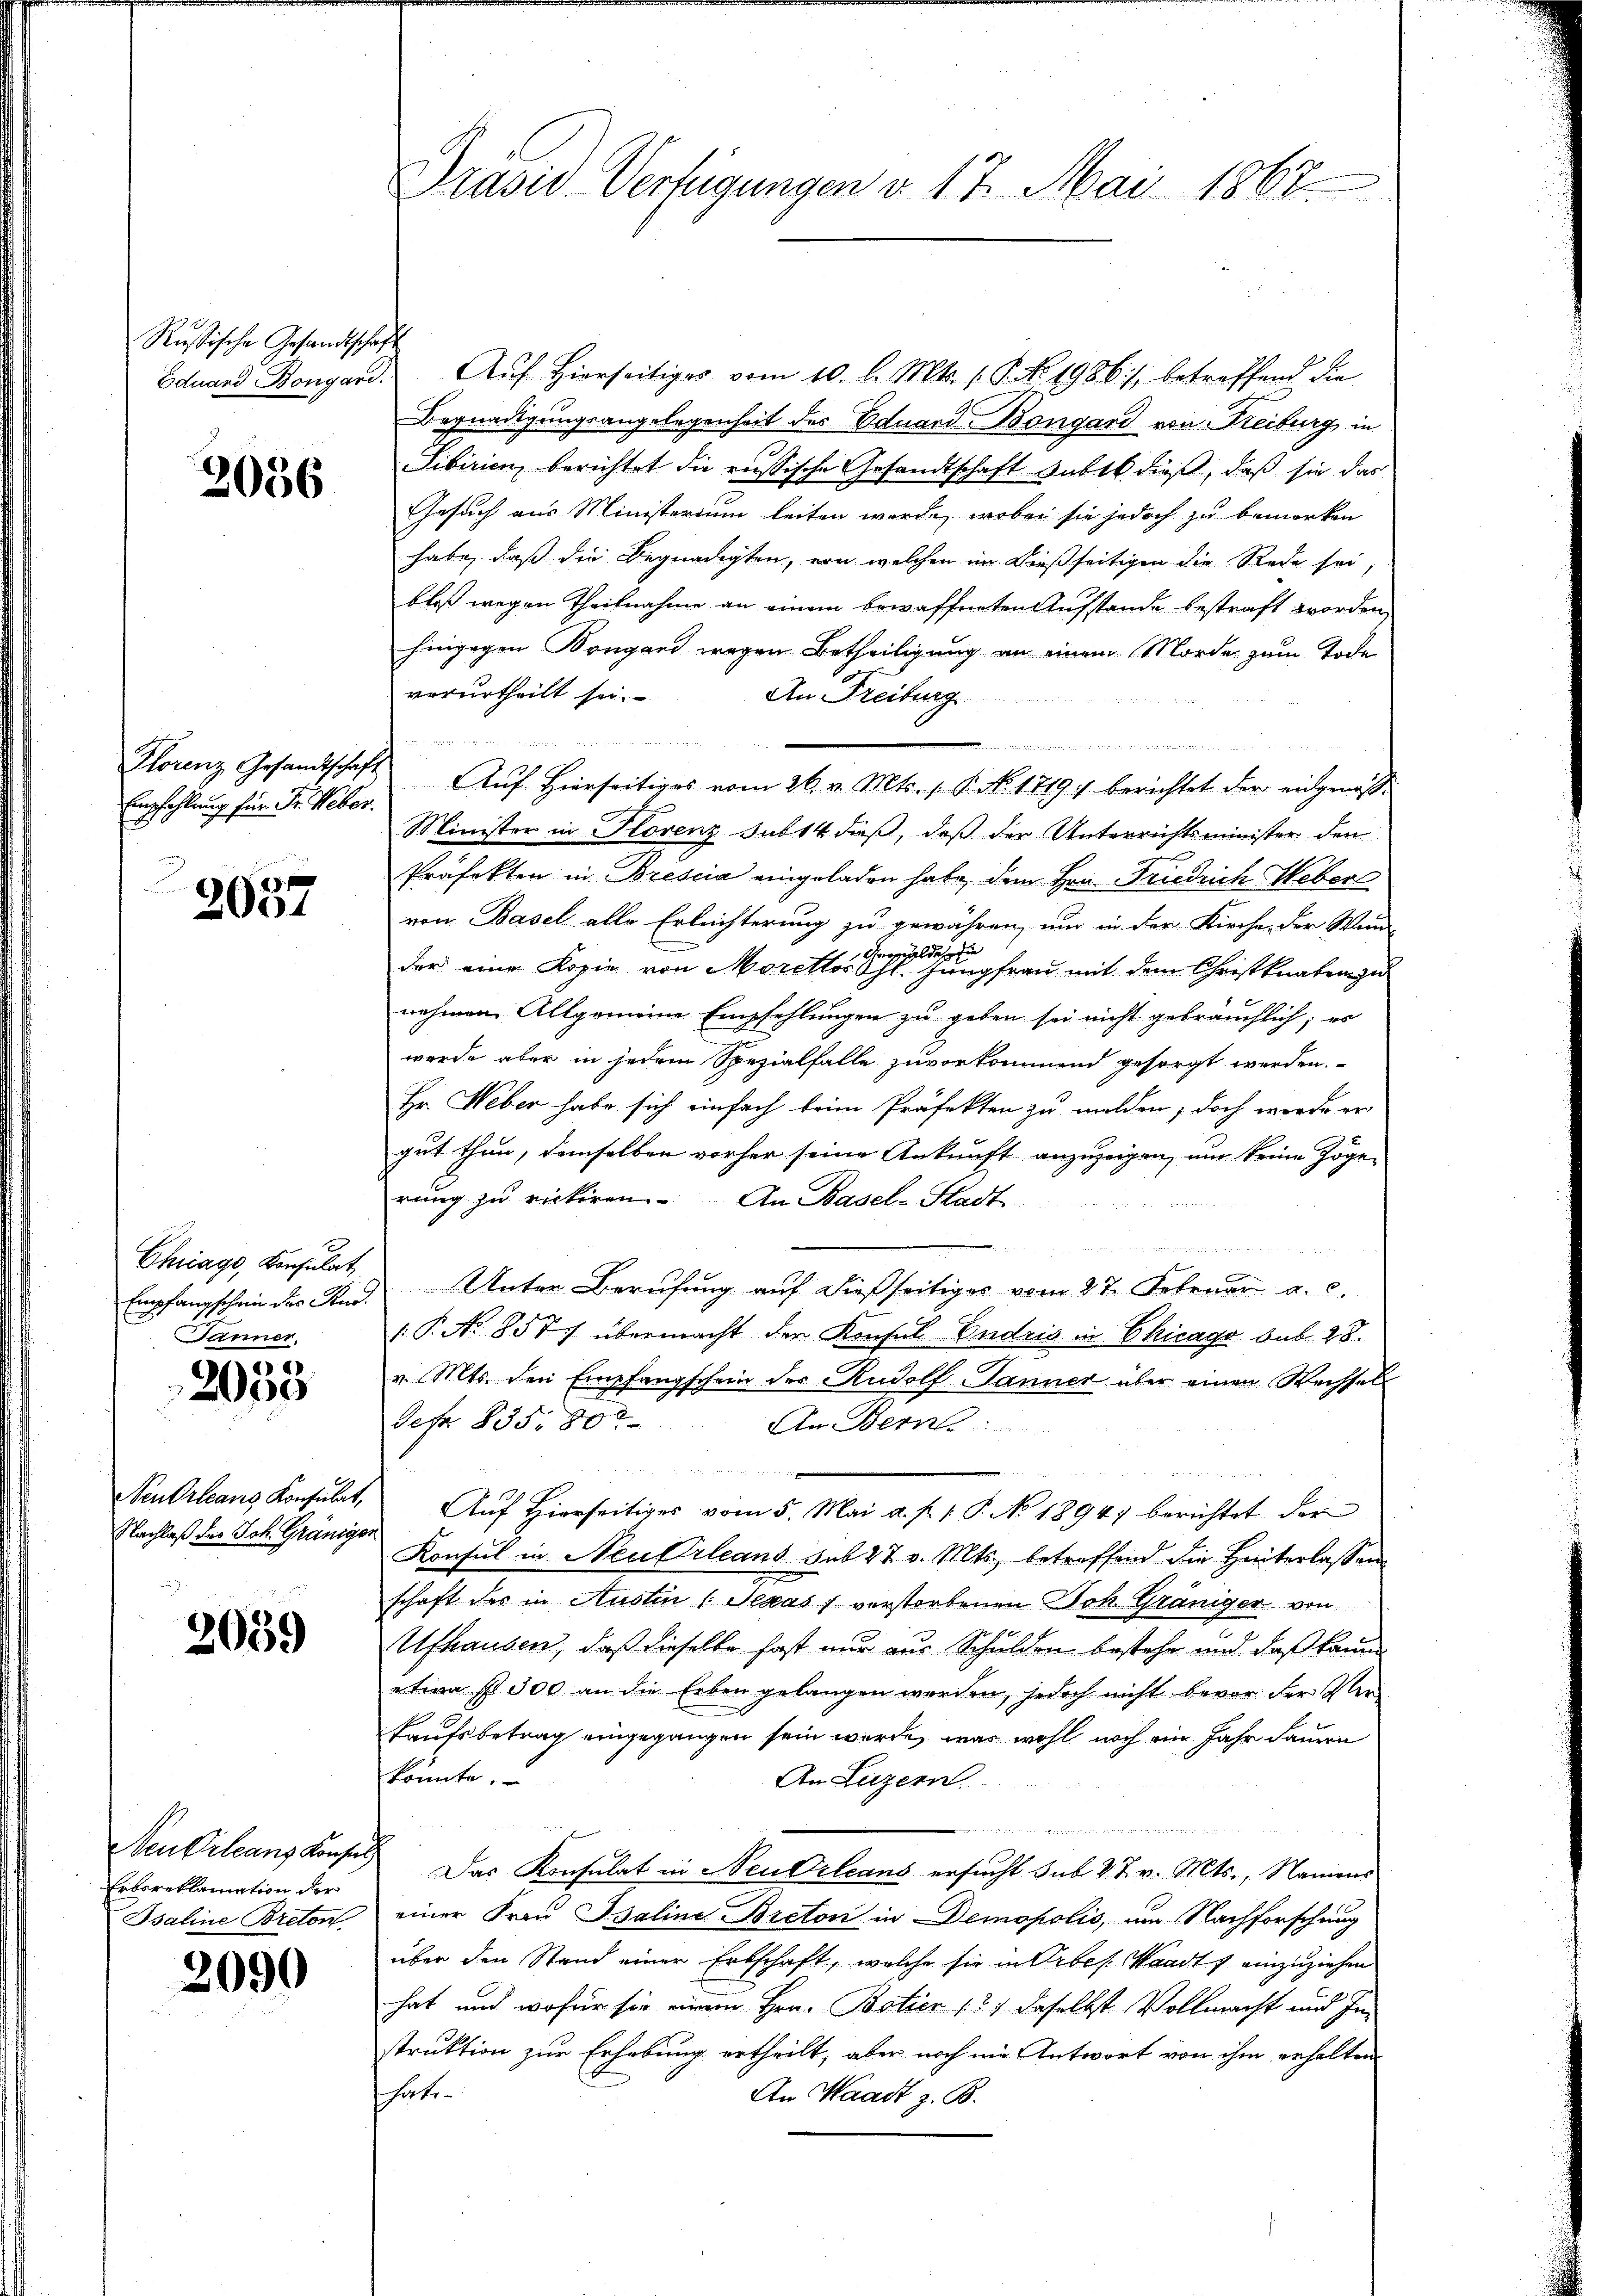
Russische Gesandtschaf

2056

Florenz Gesandtschaft
Empfehlung für Fr. Weber.

2057

Chicago, Konsulat
Empfangschein der Rud.
Jänner.

4
2000

SenOrleans Konsulat,
Nachlaß des Joh. Gränige

2059

Neu Orleans Konse
Erbsreklamation der
Bsaline Breton

3090

Präsid. Verfügungen v. 17. Mai 1867

h
Eduard Bongard. Aŭf Hierseitiges vom 10. l. Mts. 1. P. No. 1986), betreffend die
Begnadigungsangelegenheit des Eduard Bongard von Freiburg in
Sibirien, berichtet die russische Gesandtschaft subt dieß, daß sie das
Gesuch aus Ministerium leiten werde, wobei sie jedoch zu bemerken
habe, daß die Begnadigten, von welchen im dießseitigen die Rede sei,
bloß wegen Theilnahme an einem bewaffneten Aufstande bestraft worden,
hingegen Bongand wegen Betheiligung an einem Morde zum Tode
verurtheilt sei.
An Freiburg

Auf Hierseitiges vom 26. v. Mts. P. No. 1719 berichtet der eidgenös¬
Minister in Florenz sub 14 dieß, daß der Unterrichtsminister den
Präfekten in Brescia eingeladen habe, dem Hrn. Friedrich Weber
von Basel alle Erleichterung zu gewähren, um in der Kirche, der Wun
der eine Kopie von Moretter sich eine Frau mit dem Christknaben zu
nehmen. Allgemeine Empfehlungen zu geben sei nicht gebräuchlich; es
e
werde aber in jedem Spezialfalle zuvorkommend gesorgt werden.
Hr. Weber habe sich einfach beim Präfekten zu melden; doch werde er
gut thun, demselben vorher seine Ankunft anzuzeigen, um keine Zöge-
rung zu rickiren. An Basel-Stadt¬
2 xx
Unter Berufung auf dießseitiges vom 27. Februar a. c.
(P. No 857 übermacht der Konsul Endria in Chicago sub. 28.
v. Mts. den Empfangschein des Rudolf Jänner über einen Reissel
Febr. 835. 80
An Berns
Auf Hierseitiges vom 5. Mai a. p. 1. P. No 18947 berichtet der
Konsul in Neuferleans sub 27. v. Mts. betreffend die Hinterlassen
schaft des in Austen (Texas verstorbenen Boh Gräniger von
Ufhausen, daß dieselbe hast nur aus Schulden bestehe und daß kaum
etwa st 300 an die Erben gelangen werden, jedoch nicht bevor der Verkaufsbetrag eingegangen sein werde, was wohl noch ein Jahr dauern
konnte.
An Luzern.
225 f 2
u
Das Konsulat in Neu Orleans ersucht sub 27. v. Mts., Namens
einer Frau Baline Breton in Demopolis, um Nachforschung
über den Stand einer Erbschaft, welche sie in Orbes. Waadt & einzuziehen
hat und wofür sie einem Hrn. Botier (2) daselbst Vollmacht und Instruktion zur Erhebung ertheilt, aber noch nie Antwort von ihm erhalten
hate
An Waadt z. B.